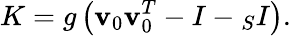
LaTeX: K=g\left({\mathbf v}_{0}{\mathbf v}_{0}^{T}-I-{}_{S}I\right).